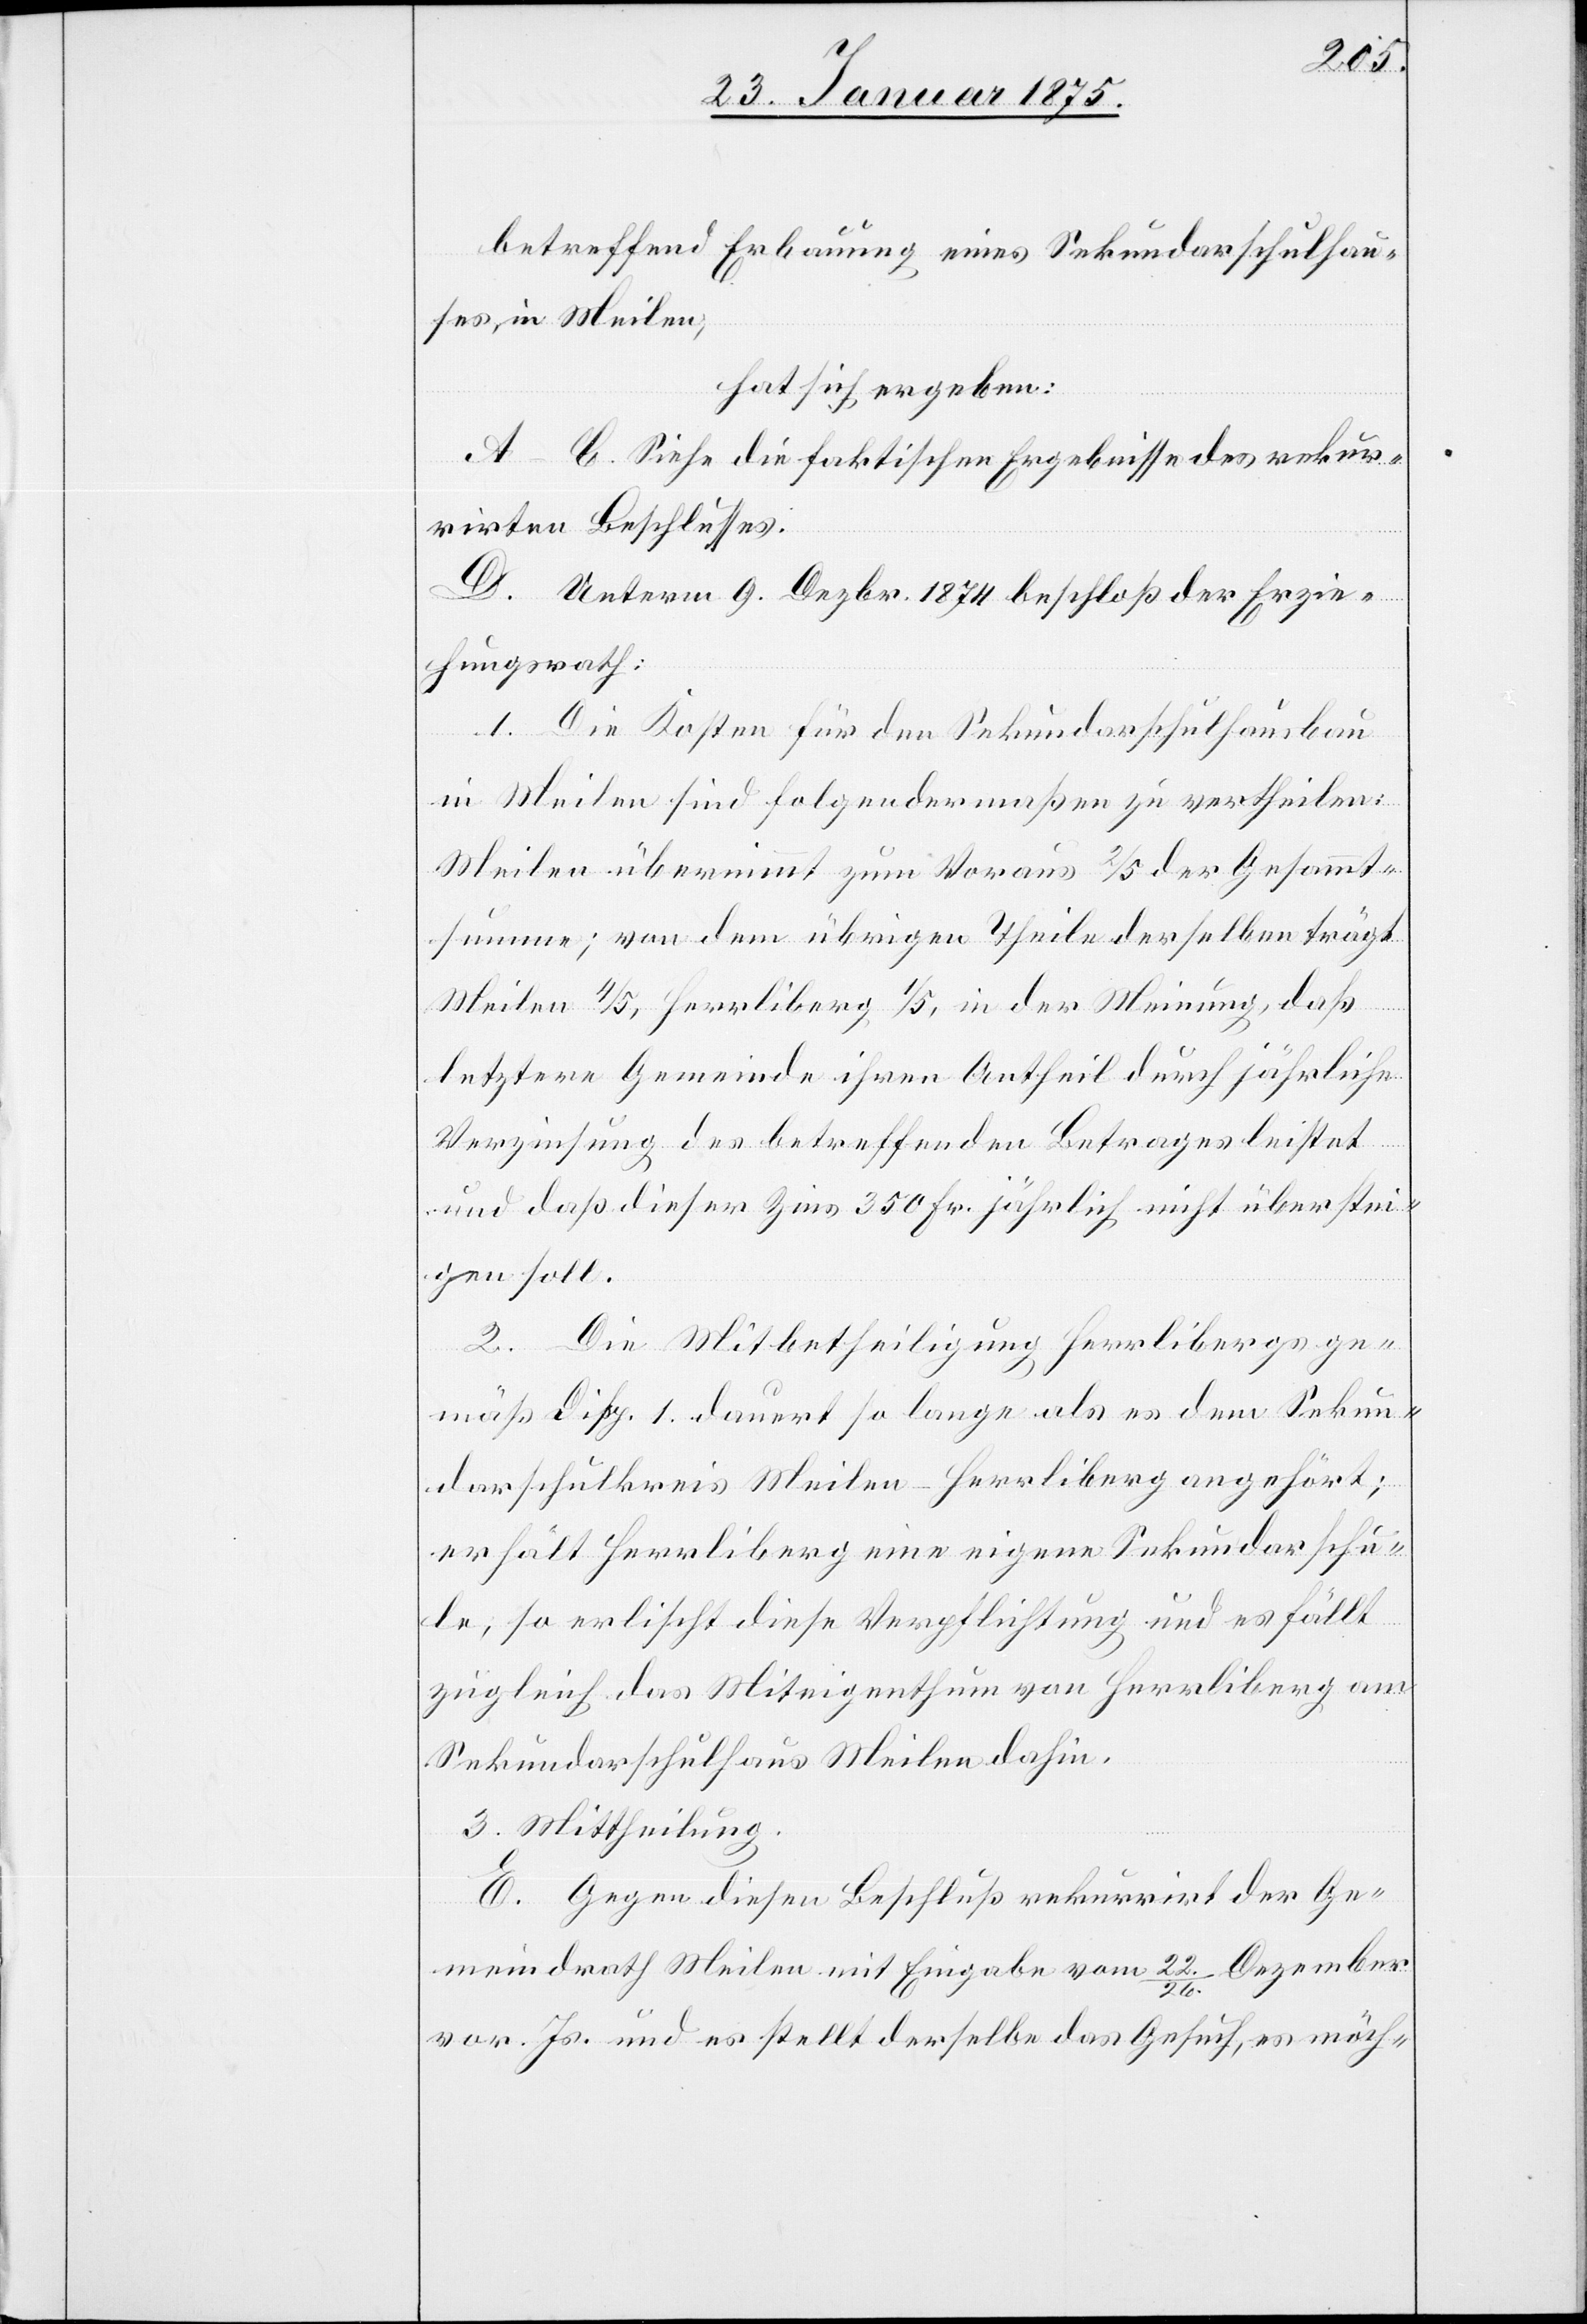
betreffend Erbauung eines Sekundarschulhau¬
ses in Meilen,
hat sich ergeben:
A–C. Siehe die faktischen Ergebnisse des rekur¬
rirten Beschlusses.
D. Unterm 9. Dezbr. 1874 beschloß der Erzie¬
hungsrath:
1. Die Kosten für den Sekundarschulhausbau
in Meilen sind folgendermaßen zu vertheilen:
Meilen übernimmt zum Voraus 2/5 der Gesammt¬
summe; von dem übrigen Theile derselben trägt
Meilen 4/5, Herrliberg 1/5, in der Meinung, daß
letztere Gemeinde ihren Antheil durch jährliche
Verzinsung des betreffenden Betrages leistet
und daß dieser Zins 350 Fr. jährlich nicht überstei¬
gen soll.
2. Die Mitbetheiligung Herrliberg ge¬
mäß Disp. 1. dauert so lange als es dem Sekun¬
darschulkreis Meilen-Herrliberg angehört;
erhält Herrliberg eine eigene Sekundarschu¬
le, so erlischt diese Verpflichtung und es fällt
zugleich das Miteigenthum von Herrliberg am
Sekundarschulhaus Meilen dahin.
3. Mittheilung.
E. Gegen diesen Beschluß rekurrirt der Ge¬
meindrath Meilen mit Eingabe vom 22./26. Dezember
vor. Js. und es stellt derselbe das Gesuch, es möch-